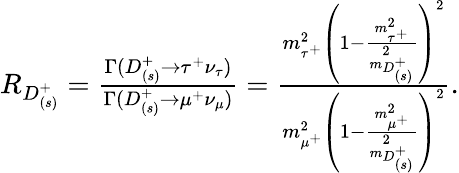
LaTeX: \begin{array}{r}{R_{D_{(s)}^{+}}=\frac{\Gamma(D_{(s)}^{+}\to\tau^{+}\nu_{\tau})}{\Gamma(D_{(s)}^{+}\to\mu^{+}\nu_{\mu})}=\frac{m_{\tau^{+}}^{2}\left(1-\frac{m_{\tau^{+}}^{2}}{m_{D_{(s)}^{+}}^{2}}\right)^{2}}{m_{\mu^{+}}^{2}\left(1-\frac{m_{\mu^{+}}^{2}}{m_{D_{(s)}^{+}}^{2}}\right)^{2}}.}\end{array}